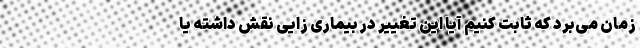
زمان می‌برد که ثابت کنیم آیا این تغییر در بیماری زایی نقش داشته یا